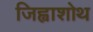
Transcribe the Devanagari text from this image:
जिह्वाशोथ